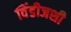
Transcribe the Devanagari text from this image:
विंडीजशी